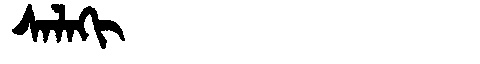
Manchu: ᠰᠠᠯᠠᡴᡳ
Romanization: SALAKI